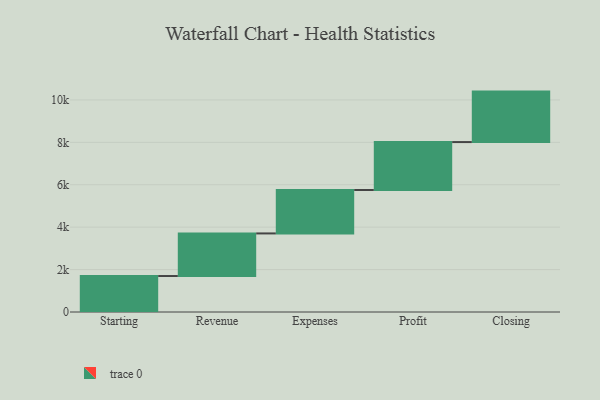
{"axis": {"x": "Step", "y": "Value"}, "legend": [""], "data": [{"x": "Starting", "y": 1696.0, "type": ""}, {"x": "Revenue", "y": 2009.0, "type": ""}, {"x": "Expenses", "y": 2048.0, "type": ""}, {"x": "Profit", "y": 2260.0, "type": ""}, {"x": "Closing", "y": 2380.0, "type": ""}]}